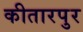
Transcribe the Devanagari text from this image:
कीतारपुर